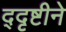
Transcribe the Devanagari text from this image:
द्दृष्टीने